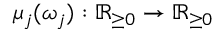
\mu _ { j } ( \omega _ { j } ) : \mathbb { R } _ { \geq 0 } \rightarrow \mathbb { R } _ { \geq 0 }